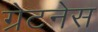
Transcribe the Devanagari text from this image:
ग्रेटनेस